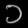
Digit: ၁